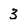
Character: 3